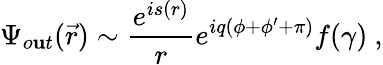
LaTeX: \Psi_{o\mathbf{u}t}(\vec{{r}})\sim\frac{{e^{is(r)}}}{r}e^{iq(\phi+\phi^{\prime}+\pi)}f(\gamma)\ ,